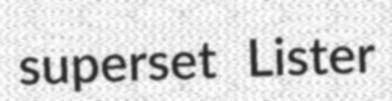
superset Lister